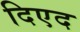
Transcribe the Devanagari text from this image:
दिएद